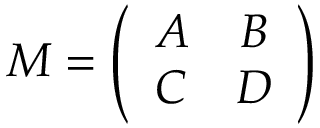
M = \left( \begin{array} { c c } { { A } } & { { B } } \\ { { C } } & { { D } } \end{array} \right)